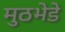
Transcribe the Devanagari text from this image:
मुठभेडे